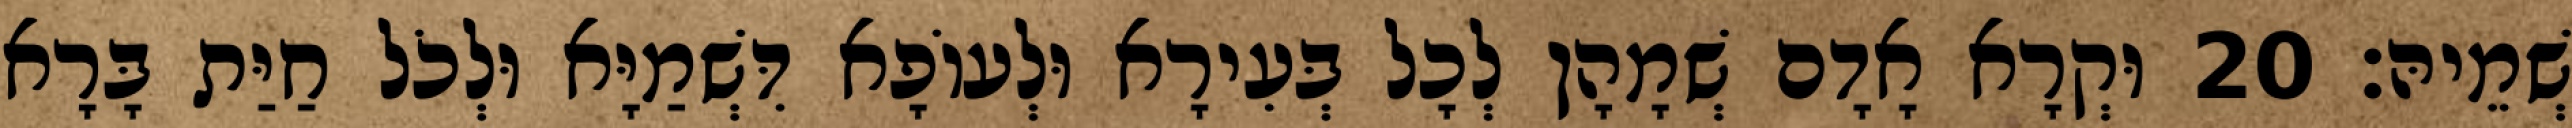
שְׁמֵיהּ׃ 20 וּקְרָא אָדָם שְׁמָהָן לְכָל בְּעִירָא וּלְעוֹפָא דִּשְׁמַיָּא וּלְכֹל חַיַּת בָּרָא